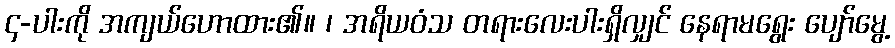
၄-ပါးကို အကျယ်ဟောထား၏။ ၊ အရိယဝံသ တရားလေးပါးရှိလျှင် နေရာမရွေး ပျော်မွေ့